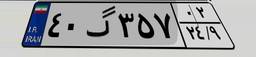
۱۴گ۸۳۲۴۳